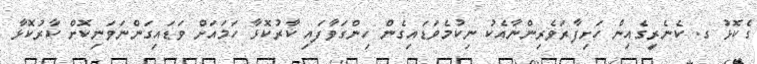
ގެކޮޅު ގ. ކެނެރީގެއިން ހަށިފާރަވެރިންނާއެކު ނިކުމެވަޑައިގެން ހިންގަވާފައި ކާރުކޮޅާ ހަމައަށް ވަޑައިގަންނަވަނިކޮށް ކާރުކޮޅާ